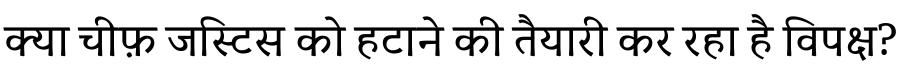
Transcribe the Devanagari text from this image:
क्या चीफ़ जस्टिस को हटाने की तैयारी कर रहा है विपक्ष?